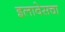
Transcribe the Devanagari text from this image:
इलावेसचा